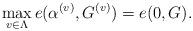
LaTeX: \begin{align*} \max_{v\in\Lambda} e(\alpha^{(v)}, G^{(v)}) = e(0, G).\end{align*}